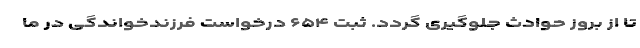
تا از بروز حوادث جلوگیری گردد. ثبت ۶۵۴ درخواست فرزندخواندگی در ما